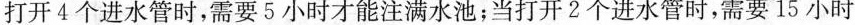
打开4个进水管时，需要5小时才能注满水池；当打开2个进水管时，需要15小时